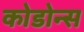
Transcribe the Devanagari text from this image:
कोडोन्स